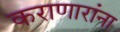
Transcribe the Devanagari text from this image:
कराणारांना